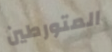
المتورطين